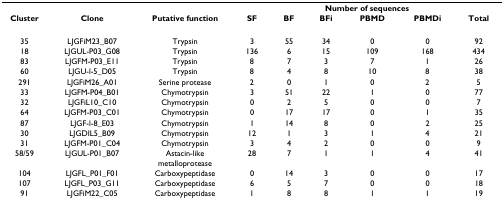
|  |  |  | <COLSPAN=6> Number of sequences |
 | Cluster | Clone | Putative function | SF | BF | BFi | PBMD | PBMDi | Total |
 | --- | --- | --- | --- | --- | --- | --- | --- | --- |
 | 35 | LJGFiM23_B07 | Trypsin | 3 | 55 | 34 | 0 | 0 | 92 |
 | 18 | LJGUL-P03_G08 | Trypsin | 136 | 6 | 15 | 109 | 168 | 434 |
 | 83 | LJGFM-P03_E11 | Trypsin | 8 | 7 | 3 | 7 | 1 | 26 |
 | 60 | LJGU-l-5_D05 | Trypsin | 8 | 4 | 8 | 10 | 8 | 38 |
 | 291 | LJGFiM26_A01 | Serine protease | 2 | 0 | 1 | 0 | 2 | 5 |
 | 33 | LJGFM-P04_B01 | Chymotrypsin | 3 | 51 | 22 | 1 | 0 | 77 |
 | 32 | LJGFiL10_C10 | Chymotrypsin | 0 | 2 | 5 | 0 | 0 | 7 |
 | 64 | LJGFM-P03_C01 | Chymotrypsin | 0 | 17 | 17 | 0 | 1 | 35 |
 | 87 | LJGF-l-8_E03 | Chymotrypsin | 1 | 14 | 8 | 0 | 2 | 25 |
 | 30 | LJGDIL5_B09 | Chymotrypsin | 12 | 1 | 3 | 1 | 4 | 21 |
 | 31 | LJGFM-P01_C04 | Chymotrypsin | 3 | 4 | 2 | 0 | 0 | 9 |
 | 58/59 | LJGUL-P01_B07 | Astacin-like metalloprotease | 28 | 7 | 1 | 1 | 4 | 41 |
 | 104 | LJGFL_P01_F01 | Carboxypeptidase | 0 | 14 | 3 | 0 | 0 | 17 |
 | 107 | LJGFL_P03_G11 | Carboxypeptidase | 6 | 5 | 7 | 0 | 0 | 18 |
 | 91 | LJGFiM22_C05 | Carboxypeptidase | 1 | 8 | 8 | 1 | 1 | 19 |